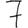
Digit: 7